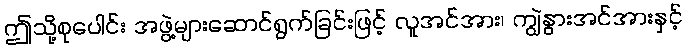
ဤသို့စုပေါင်း အဖွဲ့များဆောင်ရွက်ခြင်းဖြင့် လူအင်အား၊ ကျွဲနွားအင်အားနှင့်